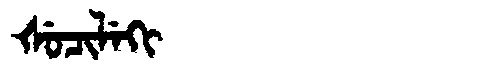
Manchu: ᡧᡠᠴᡳᠯᡝᡴᡳ
Romanization: ŠUCILEKI